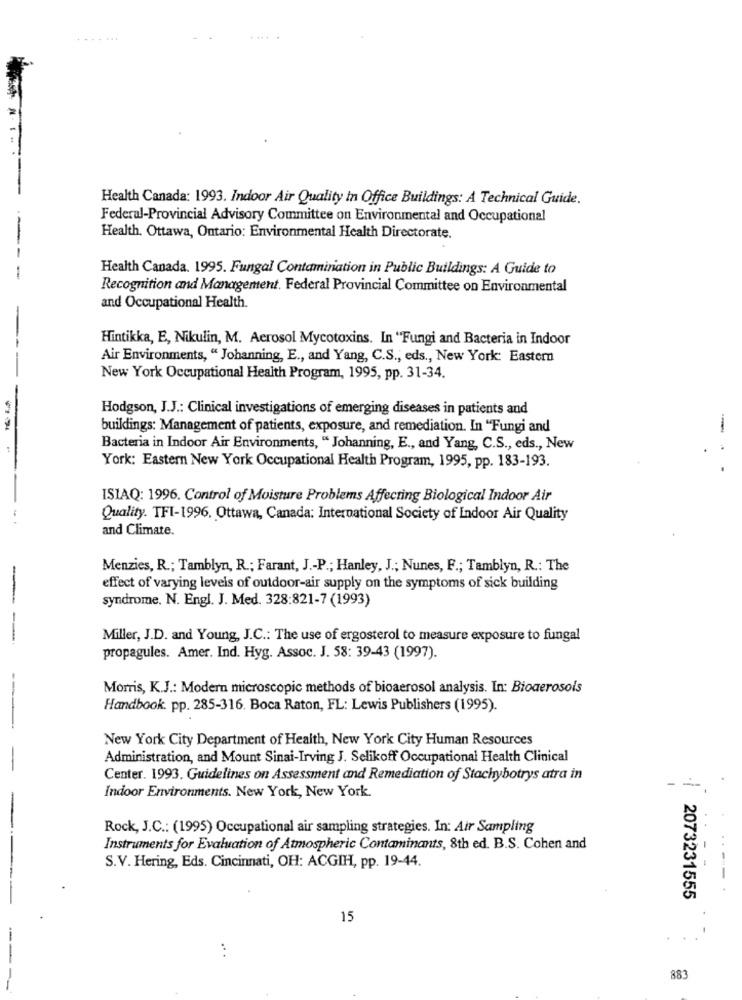
....
Health Canada: 1993. Indoor Air Quality In Office Buildings: A Technical Guide.
Federal-Provincial Advisory Committee on Environmental and Occupational
- --
Health. Ottawa, Ontario: Environmental Health Directorate.
-
Health Canada. 1995. Fungal Contamination in Public Buildings: A Guide to
-
Recognition and Management. Federal Provincial Committee on Environmental
and Occupational Health.
Hintikka, E, Nikulin, M. Aerosol Mycotoxins. In "Fungi and Bacteria in Indoor
Air Environments, " Johanning, E ., and Yang, C.S ., eds ., New York: Eastern
New York Occupational Health Program, 1995, pp. 31-34.
Hodgson, J.J .: Clinical investigations of emerging diseases in patients and
buildings: Management of patients, exposure, and remediation. In "Fungi and
--
Bacteria in Indoor Air Environments, " Johanning, E ., and Yang, C.S ., eds ., New
York: Eastern New York Occupational Health Program, 1995, pp. 183-193.
ISIAQ: 1996. Control of Moisture Problems Affecting Biological Indoor Air
Quality. TFI-1996, Ottawa, Canada: International Society of Indoor Air Quality
and Climate.
Menzies, R .; Tamblyn, R .; Farant, J .- P .; Hanley, J .; Nunes, F .; Tamblyn, R .: The
-
effect of varying levels of outdoor-air supply on the symptoms of sick building
syndrome. N. Engl. J. Med. 328:821-7 (1993)
Miller, J.D. and Young, J.C .: The use of ergosterol to measure exposure to fungal
propagules. Amer. Ind. Hyg. Assoc. J. 58: 39-43 (1997).
Morris, K.J .: Modern microscopic methods of bioaerosol analysis. In: Bioaerosols
Handbook. pp. 285-316. Boca Raton, FL: Lewis Publishers (1995).
New York City Department of Health, New York City Human Resources
Administration, and Mount Sinai-Irving J. Selikoff Occupational Health Clinical
Center. 1993. Guidelines on Assessment and Remediation of Stachybotrys atra in
- -
Indoor Environments. New York, New York.
Rock, J.C .: (1995) Occupational air sampling strategies. In: Air Sampling
Instruments for Evaluation of Atmospheric Contaminants, 8th ed. B.S. Cohen and
S.V. Hering, Eds. Cincinnati, OH: ACGIH, pp. 19-44.
2073231555
15
.. .
---
883